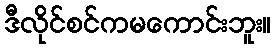
ဒီလိုင်စင်ကမကောင်းဘူး။